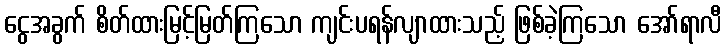
ငွေအခွက် စိတ်ထားမြင့်မြတ်ကြသော ကျင်းပရန်လျာထားသည့် ဖြစ်ခဲ့ကြသော အော်ရာလီ